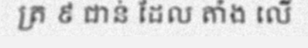
ត្រ ៩ ជាន់ ដែល តាំង លើ